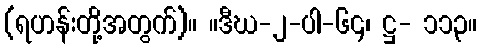
(ရဟန်းတို့အတွက်)။ ။ဒီဃ-၂-ပါ-၆၄၊ ဋ္ဌ- ၁၁၃။